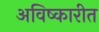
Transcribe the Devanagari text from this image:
अविष्कारीत